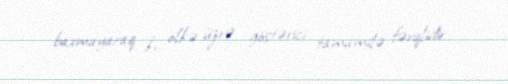
baxmayaraq ki, ölkə üzrə göstərici tamamilə fərqlidir.